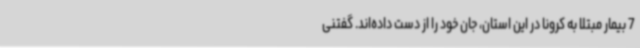
7 بیمار مبتلا به کرونا در این استان، جان خود را از دست داده‌اند. گفتنی